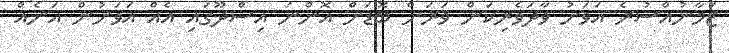
ޒަމާނުއްސުރެ އަވަށު ވާދަވެރިކަން ވަރަށް ބޮޑަށް އޮންނަ އިސްދޫގައި އެއް އަވަށުން އަނެއް